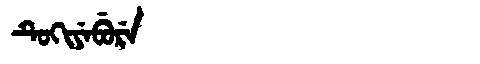
Manchu: ᡨᡠᡴᡳᠶᡝᠪᡠᡵᡝ
Romanization: TUKIYEBURE